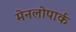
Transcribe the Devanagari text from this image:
मेनलोपार्क